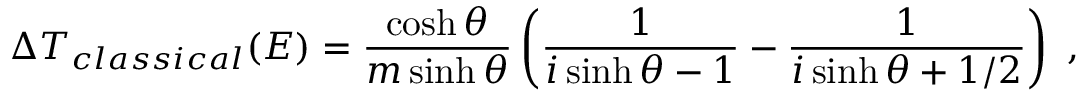
\Delta T _ { c l a s s i c a l } ( E ) = \frac { \cosh \theta } { m \sinh \theta } \left( \frac { 1 } { i \sinh \theta - 1 } - \frac { 1 } { i \sinh \theta + 1 / 2 } \right) \ ,